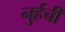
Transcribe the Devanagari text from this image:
नुर्हची